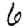
Digit: 6